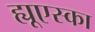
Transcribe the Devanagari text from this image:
ह्यूएस्का